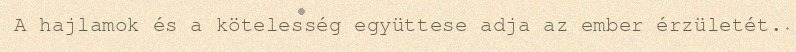
A hajlamok és a kötelesség együttese adja az ember érzületét.